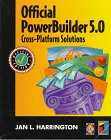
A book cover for Official Powerbuilder 5.0 Cross-Platform Solutions; Jan L. Harrington; Computers & Technology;